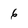
Character: 6